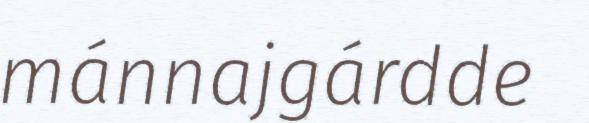
mánnajgárdde